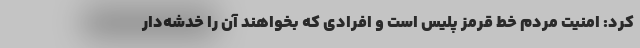
کرد: امنیت مردم خط قرمز پلیس است و افرادی که بخواهند آن را خدشه‌دار